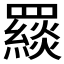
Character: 𦌪